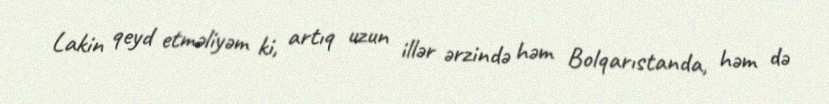
Lakin qeyd etməliyəm ki, artıq uzun illər ərzində həm Bolqarıstanda, həm də